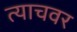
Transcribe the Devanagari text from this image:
त्याचवर